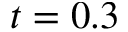
t = 0 . 3